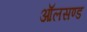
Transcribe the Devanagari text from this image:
ऑलसण्ड